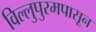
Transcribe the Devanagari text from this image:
विल्लुपुरमपासून